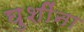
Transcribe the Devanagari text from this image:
घुशींना